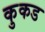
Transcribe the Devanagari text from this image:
कुकड